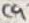
Text: C9